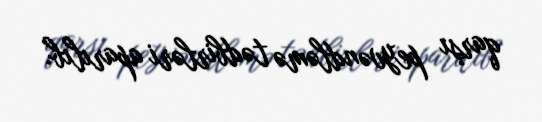
qarşı peyvəndləmə tədbirləri aparılıb.